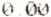
0.00